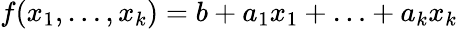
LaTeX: f(x_{1},\ldots,x_{k})=b+a_{1}x_{1}+\ldots+a_{k}x_{k}